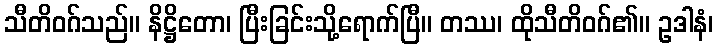
သီတိဝဂ်သည်။ နိဋ္ဌိတော၊ ပြီးခြင်းသို့ရောက်ပြီ။ တဿ၊ ထိုသီတိဝဂ်၏။ ဥဒါနံ၊